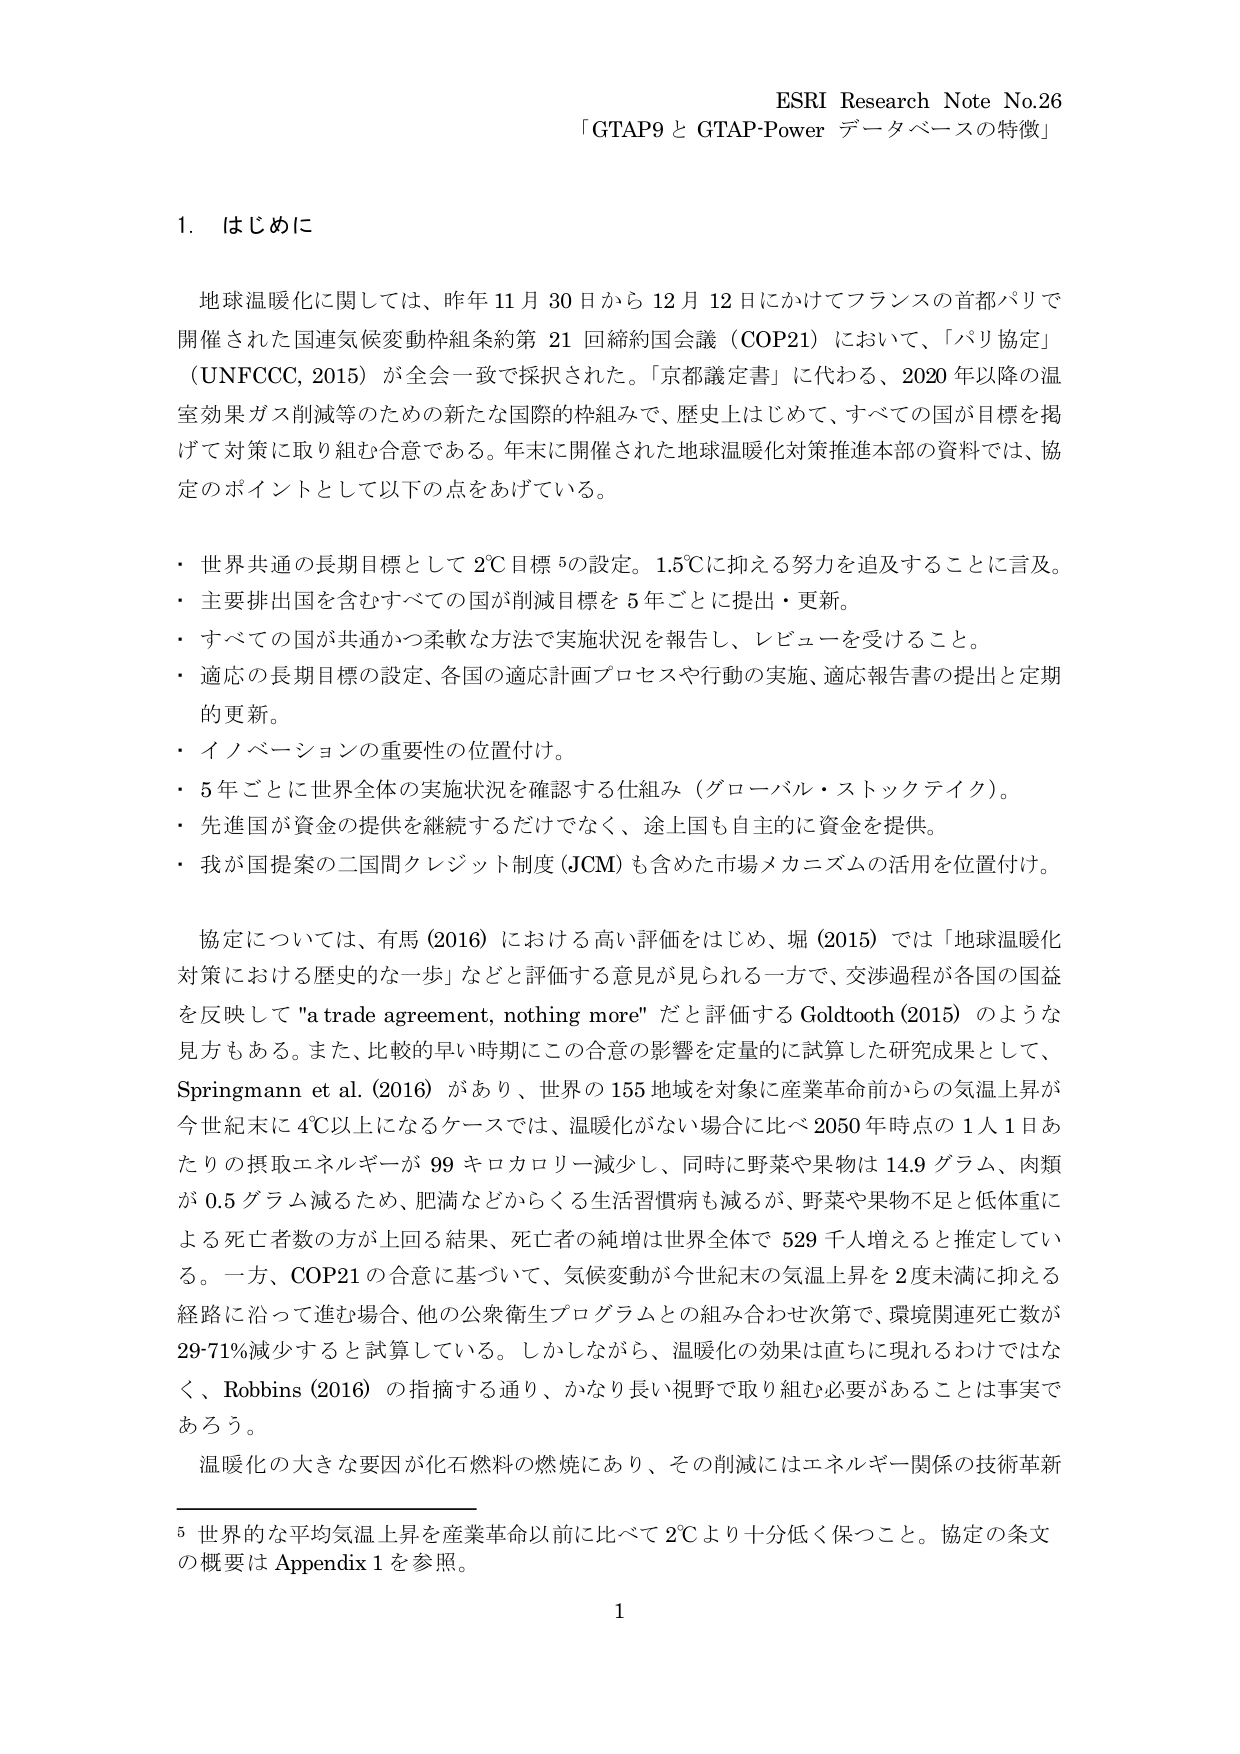
ESRI Research Note No.26
「GTAP9 と GTAP-Power データベースの特徴」

1. はじめに

地球温暖化に関しては、昨年 11 月 30 日から 12 月 12 日にかけてフランスの首都パリで開催された国連気候変動枠組条約第 21 回締約国会議（COP21）において、「パリ協定」（UNFCCC, 2015）が全会一致で採択された。「京都議定書」に代わる、2020 年以降の温室効果ガス削減等のための新たな国際的枠組みで、歴史上はじめて、すべての国が目標を掲げて対策に取り組む合意である。年末に開催された地球温暖化対策推進本部の資料では、協定のポイントとして以下の点をあげている。

・ 世界共通の長期目標として 2℃目標⁵の設定。1.5℃に抑える努力を追及することに言及。
・ 主要排出国を含むすべての国が削減目標を 5 年ごとに提出・更新。
・ すべての国が共通かつ柔軟な方法で実施状況を報告し、レビューを受けること。
・ 適応の長期目標の設定、各国の適応計画プロセスや行動の実施、適応報告書の提出と定期的更新。
・ イノベーションの重要性の位置付け。
・ 5 年ごとに世界全体の実施状況を確認する仕組み（グローバル・ストックテイク）。
・ 先進国が資金の提供を継続するだけでなく、途上国も自主的に資金を提供。
・ 我が国提案の二国間クレジット制度（JCM）も含めた市場メカニズムの活用を位置付け。

協定については、有馬（2016）における高い評価をはじめ、堀（2015）では「地球温暖化対策における歴史的な一歩」などと評価する意見が見られる一方で、交渉過程が各国の国益を反映して "a trade agreement, nothing more" だと評価する Goldtooth（2015）のような見方もある。また、比較的早い時期にこの合意の影響を定量的に試算した研究成果として、Springmann et al.（2016）があり、世界の 155 地域を対象に産業革命前からの気温上昇が今世紀末に 4℃以上になるケースでは、温暖化がない場合に比べ 2050 年時点の 1 人 1 日あたりの摂取エネルギーが 99 キロカロリー減少し、同時に野菜や果物は 14.9 グラム、肉類が 0.5 グラム減るため、肥満などからくる生活習慣病も減るが、野菜や果物不足と低体重による死亡者数の方が上回る結果、死亡者の純増は世界全体で 529 千人増えると推定している。一方、COP21 の合意に基づいて、気候変動が今世紀末の気温上昇を 2 度未満に抑える経路に沿って進む場合、他の公衆衛生プログラムとの組み合わせ次第で、環境関連死亡数が 29-71% 減少すると試算している。しかしながら、温暖化の効果は直ちに現れるわけではなく、Robbins（2016）の指摘する通り、かなり長い視野で取り組む必要があることは事実であろう。

温暖化の大きな要因が化石燃料の燃焼にあり、その削減にはエネルギー関係の技術革新

⁵ 世界的な平均気温上昇を産業革命以前に比べて 2℃より十分低く保つこと。協定の条文の概要は Appendix 1 を参照。

1